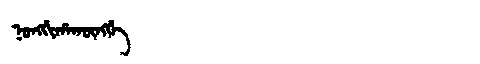
Manchu: ᠨᠣᠩᡤᡳᡥᠠᡴᡡᠩᡤᡝ
Romanization: NONGGIHAKŪNGGE